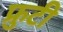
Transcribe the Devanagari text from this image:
फ्रुटी